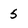
Character: 5